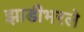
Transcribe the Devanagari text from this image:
झाडीभरले